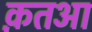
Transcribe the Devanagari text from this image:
क़तआ